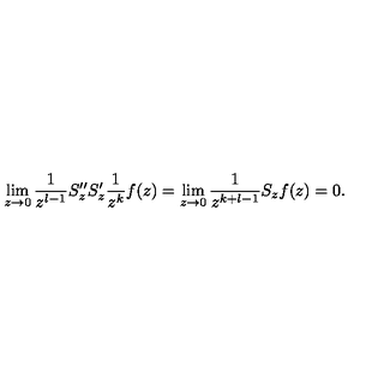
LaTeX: \lim _ { z \to 0 } \frac { 1 } { z ^ { l - 1 } } S _ { z } ^ { \prime \prime } S _ { z } ^ { \prime } \frac { 1 } { z ^ { k } } f ( z ) = \lim _ { z \to 0 } \frac { 1 } { z ^ { k + l - 1 } } S _ { z } f ( z ) = 0 .